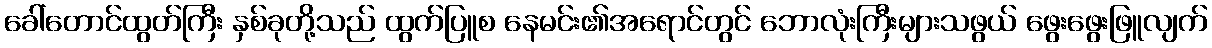
ခေါ်တောင်ထွတ်ကြီး နှစ်ခုတို့သည် ထွက်ပြူစ နေမင်း၏အရောင်တွင် ဘောလုံးကြီးများသဖွယ် ဖွေးဖွေးဖြူလျက်